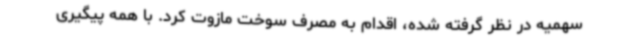
سهمیه در نظر گرفته شده، اقدام به مصرف سوخت مازوت کرد. با همه پیگیری